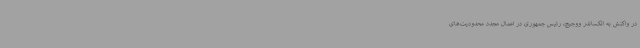
در واکنش به الکساندر ووجیچ، رئیس جمهوری در اعمال مجدد محدودیت‌های